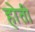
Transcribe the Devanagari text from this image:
हाेती